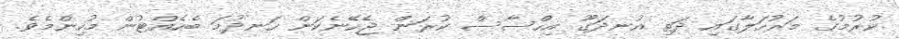
ކުރުމުގެ މަރުހަލާގައި ދަތި އުނދަގޫ އިހްސާސް ކުރަން ޖެހޭނެކަން ހަނދުމަ ބެހެއްޓުން މުހިންމެވެ.